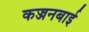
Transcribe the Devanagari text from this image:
कज्जनबाई